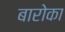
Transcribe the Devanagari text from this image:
बारोका